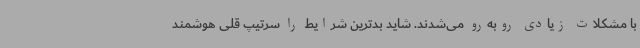
با مشکلات زیادی روبه‌رو می‌شدند. شاید بدترین شرایط را سرتیپ قلی هوشمند